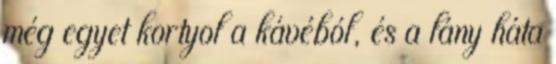
még egyet kortyol a kávéból, és a lány háta